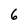
Character: 6